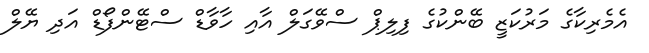
އެމެރިކާގެ މަރުކަޒީ ބޭންކުގެ ފިލިޕް ސްވޭގަލް އާއި ހާވާޑް ސްޓޭންފޯޑް އަދި ޔޭލް